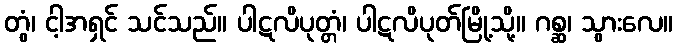
တွံ၊ ငါ့အရှင် သင်သည်။ ပါဋလိပုတ္တံ၊ ပါဋလိပုတ်မြို့သို့။ ဂစ္ဆ၊ သွားလေ။